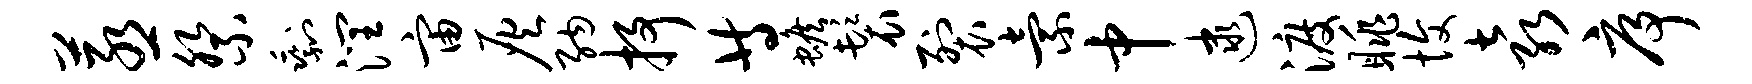
蒸祭剩润宙灰纳抒等蟾鬟裂索中逮渡眺愎袁序